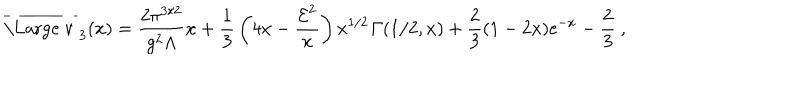
LaTeX: \overline { { { \mathrm { \Large ~ v ~ } } } } _ { 3 } ( x ) = { \frac { 2 \pi ^ { 3 / 2 } } { g ^ { 2 } \Lambda } } x + { \frac { 1 } { 3 } } \left( 4 x - { \frac { { \cal E } ^ { 2 } } { x } } \right) x ^ { 1 / 2 } { \mit \Gamma } ( 1 / 2 , x ) + { \frac { 2 } { 3 } } ( 1 - 2 x ) { \mathrm e } ^ { - x } - { \frac { 2 } { 3 } } \ ,